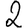
Digit: 2